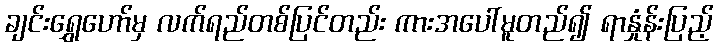
ချင်းရွှေဟော်မှ လက်ရည်တစ်ပြင်တည်း ကားအပေါ်မူတည်၍ ရာနှုံန်းပြည့်